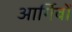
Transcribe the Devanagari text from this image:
आर्गिवों